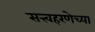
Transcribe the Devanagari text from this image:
सत्त्वहरणेच्या